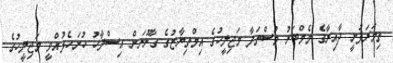
ތިމަރަފުށީ ދާއިރާގެ މެމްބަރު މުސްތަފާ މަޖިލީހުގެ އިމްތިޔާޒުގެ ގާނޫނަށް އިސްލާހު ހުށަހެޅުއްވީ މަޖިލީހުގެ